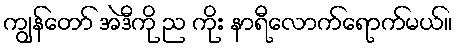
ကျွန်တော် အဲဒီကို ည ကိုး နာရီလောက်ရောက်မယ်။